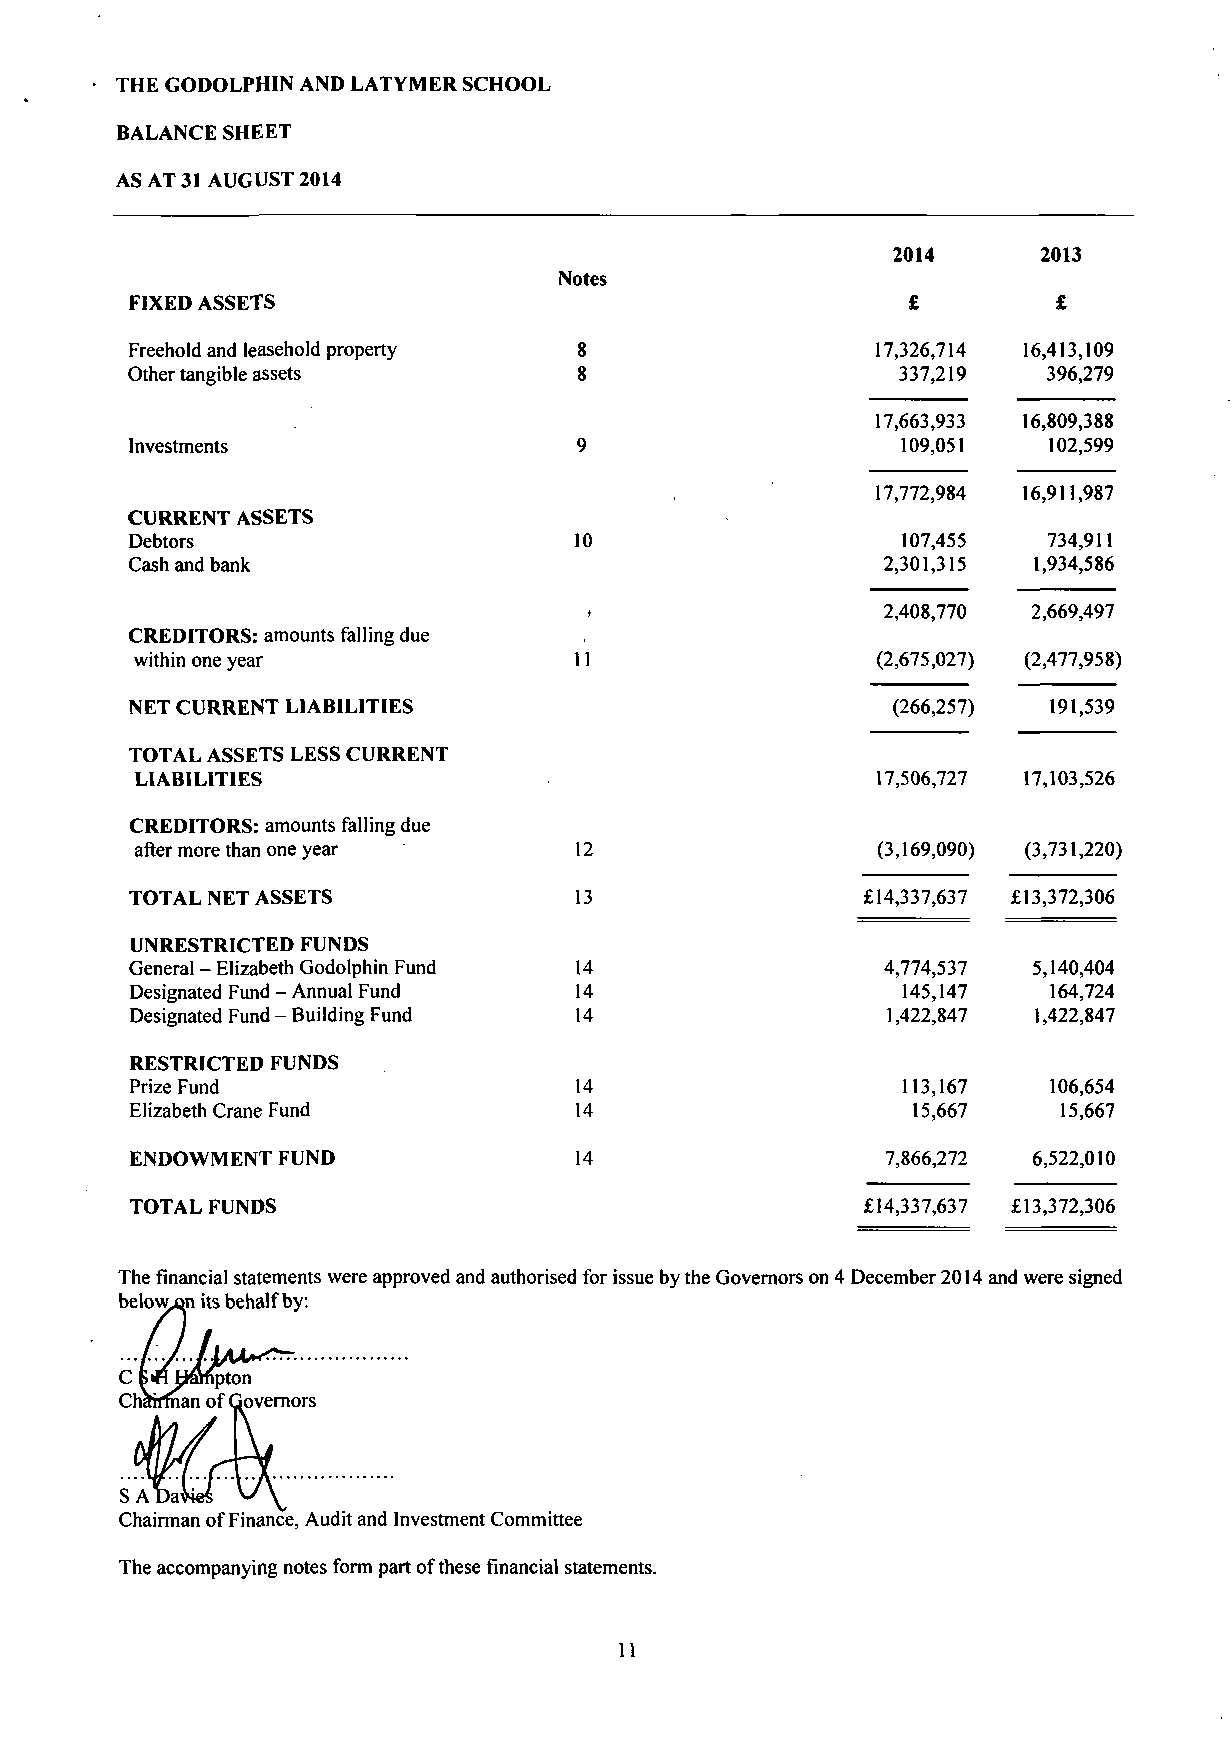
THE GODOLPHIN AND LATYMER SCHOOL
 BALANCE SHEET
 AS AT 31 AUGUST 2014
 2014      2013
 Notes
 FIXED ASSETS                                       £         £
 Freehold and leasehold property                  17,326,714 16,413,109
 Other tangible assets                              337,219   396,279
 17,663,933 16,809,388
 Investments                                        109,051  102,599
 17,772,984 16,911,987
 CURRENT ASSETS
 Debtors                      10                    107,455  734,911
 Cash and bank                                    2,301,315 1,934,586
 2,408,770 2,669,497
 CREDITORS: amounts falling due
 within one year              11                  (2,675,027) (2,477,958)
 NET CURRENT LIABILITIES                           (266,257) 191,539
 TOTAL ASSETS LESS CURRENT
 LIABILITIES                                      17,506,727 17,103,526
 CREDITORS: amounts falling due
 after more than one year     12                  (3,169,090) (3,731,220)
 TOTAL NET ASSETS             13                 £14,337,637 £13,372,306
 UNRESTRICTED FUNDS
 General - Elizabeth Godolphin Fund 14            4,774,537 5,140,404
 Designated Fund - Annual Fund 14                   145,147  164,724
 Designated Fund - Building Fund 14                1,422,847 1,422,847
 RESTRICTED FUNDS
 Prize Fund                   14                    113,167  106,654
 14                    15,667    15,667
 Elizabeth Crane Fund
 14                   7,866,272 6,522,010
 ENDOWMENT FUND
 £14,337,637 £13,372,306
 TOTAL FUNDS
 The financial statements were approved and authorised for issue by the Governors on 4 December 2014 and were signed
 below^on its behalf by :
 Chairman of Finance, Audit and Investment Committee
 The accompanying notes form part of these financial statements.
 11